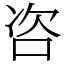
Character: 咨